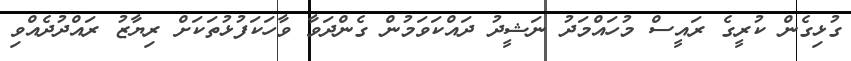
ގުޅިގެން ކުރީގެ ރައީސް މުހައްމަދު ނަޝީދު ދައްކަވަމުން ގެންދަވާ ވާހަކަފުޅުތަކަށް ރިޔާޒު ރައްދުދެއްވި